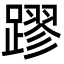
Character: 蹘